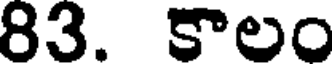
83. కాలం